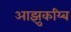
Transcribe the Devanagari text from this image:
आझुकय्बि